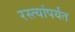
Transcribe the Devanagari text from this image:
रस्त्यांपर्यंत